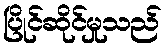
ပြိုင်ဆိုင်မှုသည်